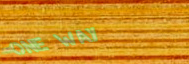
One Way